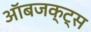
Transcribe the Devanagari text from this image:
ऑबजक्ट्स